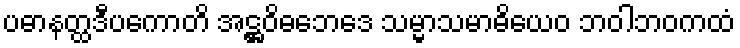
ပဓာနတ္ထဒီပကောတိ အဋ္ဌဝိဓဘေဒေ သမ္မာသမာဓိယေဝ ဘဝါဘဝကထံ